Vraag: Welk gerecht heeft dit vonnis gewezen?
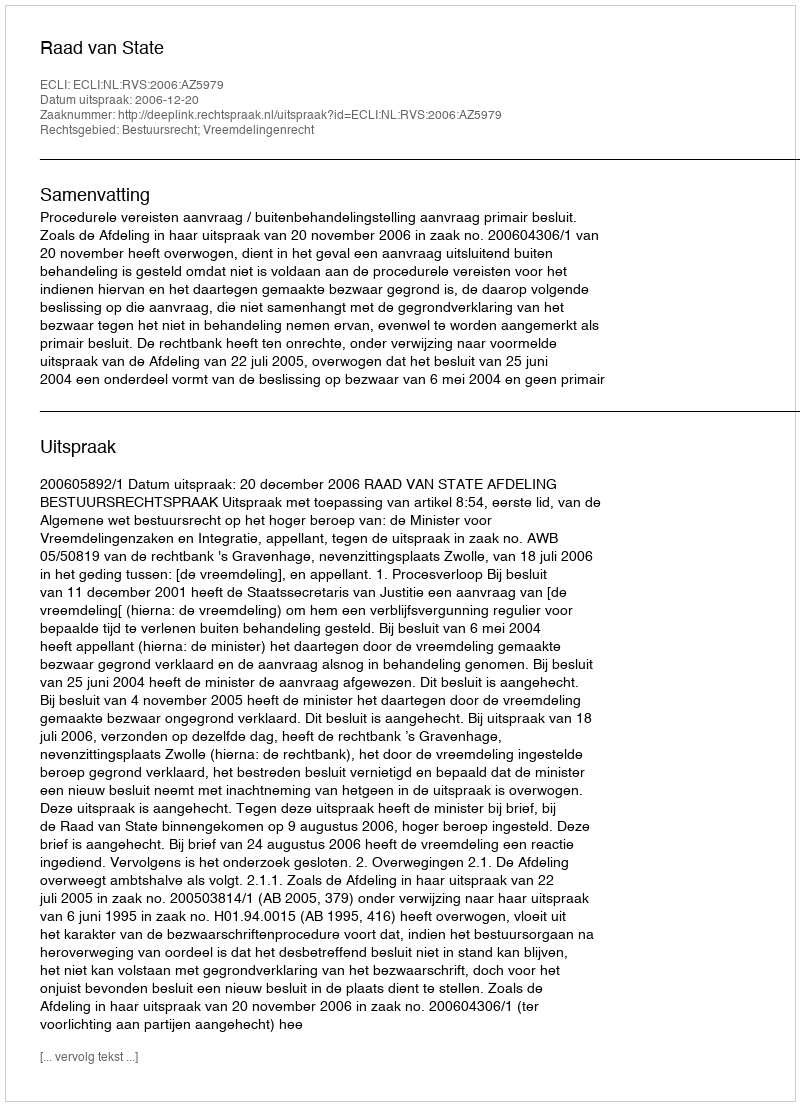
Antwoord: Raad van State